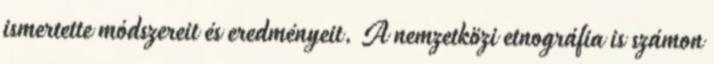
ismertette módszereit és eredményeit. A nemzetközi etnográfia is számon